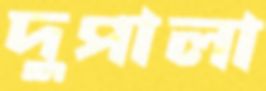
দুপালা